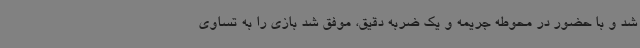
شد و با حضور در محوطه جریمه و یک ضربه دقیق، موفق شد بازی را به تساوی